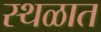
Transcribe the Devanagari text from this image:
स्थळात